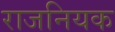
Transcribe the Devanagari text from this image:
राजनियक